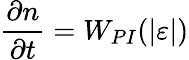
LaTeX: \frac{\partial n}{\partial t}=W_{PI}(|\varepsilon|)